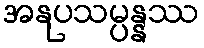
အနုပသမ္ပန္နဿ